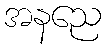
အနညေ